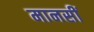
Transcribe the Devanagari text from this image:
मानसीं